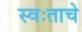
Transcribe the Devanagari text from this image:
स्वःताचे